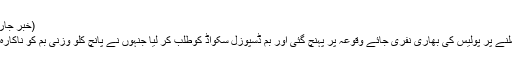
(خبر جاری ہے)
اطلاع ملنے پر پولیس کی بھاری نفری جائے وقوعہ پر پہنچ گئی اور بم ڈسپوزل سکواڈ کوطلب کر لیا جنہوں نے پانچ کلو وزنی بم کو ناکارہ بنا دیا ۔